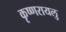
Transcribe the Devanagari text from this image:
कृष्णरायलु